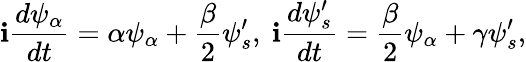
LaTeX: \mathbf{i}{\frac{{d\psi_{\alpha}}}{{dt}}}=\alpha\psi_{\alpha}+{\frac{{\beta}}{{2}}}\psi_{s}^{\prime},\ \mathbf{i}{\frac{{d\psi_{s}^{\prime}}}{{dt}}}={\frac{{\beta}}{{2}}}\psi_{\alpha}+\gamma\psi_{s}^{\prime},